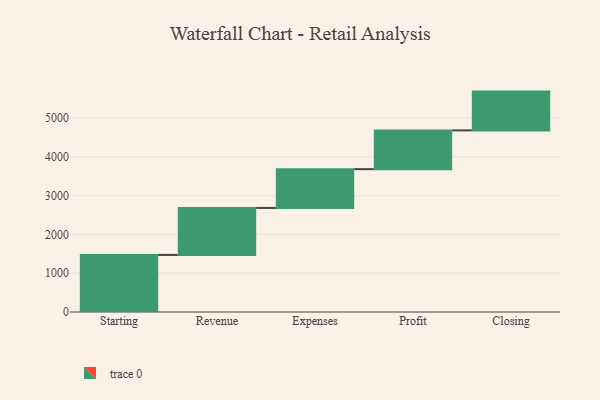
{"axis": {"x": "Step", "y": "Value"}, "legend": [""], "data": [{"x": "Starting", "y": 1472.0, "type": ""}, {"x": "Revenue", "y": 1212.0, "type": ""}, {"x": "Expenses", "y": 1000, "type": ""}, {"x": "Profit", "y": 1000, "type": ""}, {"x": "Closing", "y": 1000, "type": ""}]}